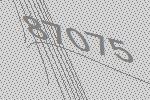
87075